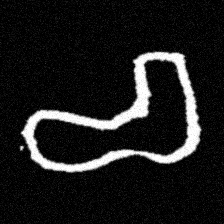
Pyu character \u2014 Myanmar letter: စ (romanized: ca)